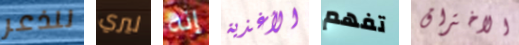
للذعر ليري إنه الأغذية تفهم الاختراق